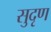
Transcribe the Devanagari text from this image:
सुदृण